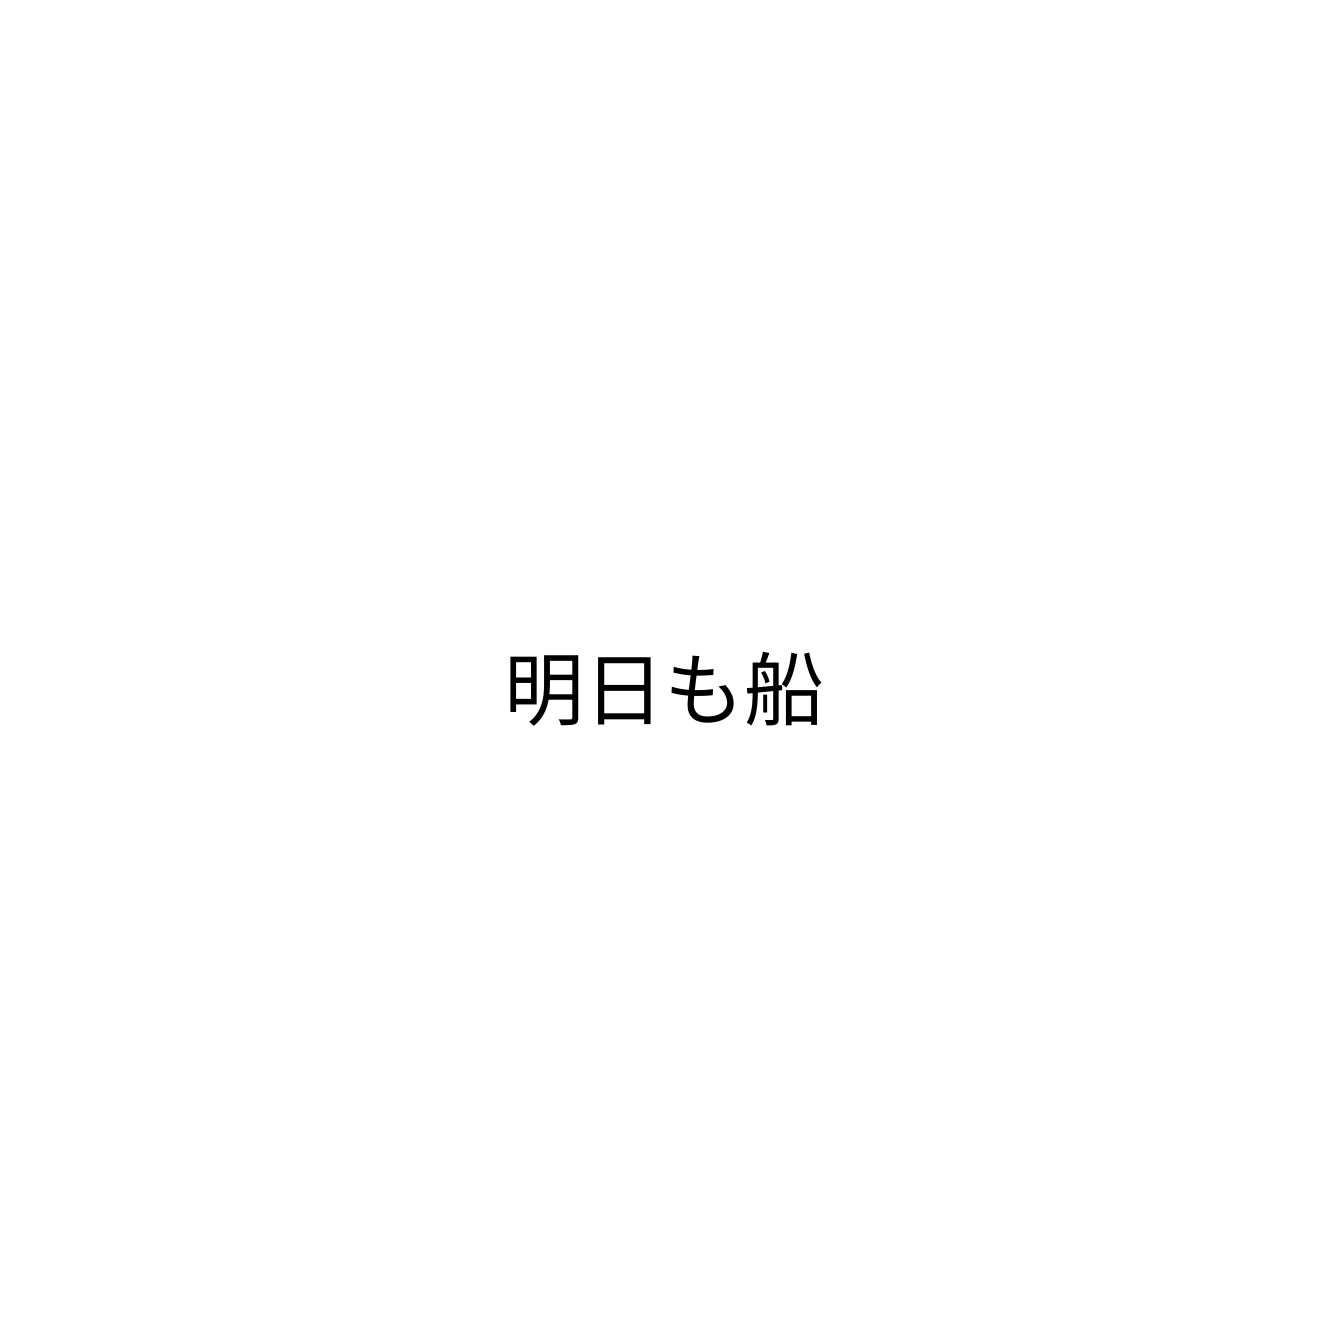
明日も船